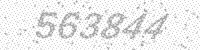
Solution: 563844